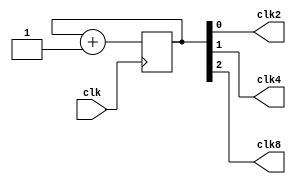
module shounak_clk_div(input clk, output clk2,clk4,clk8);
reg [2:0]b=3'b000;

always @ (posedge clk)   
begin
    b=b+1'b1;
end
assign clk2=b[0];
assign clk4=b[1];
assign clk8=b[2];

endmodule